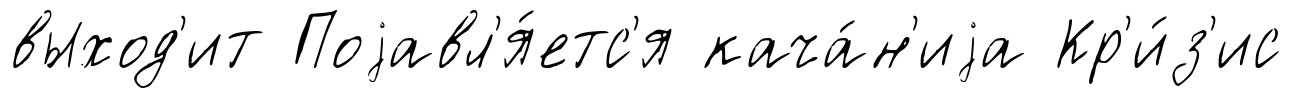
выход'ит Поjавл'я́етс'я кача́н'иjа Кр'и́з'ис